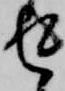
返